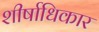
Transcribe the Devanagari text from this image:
शीर्षाधिकार